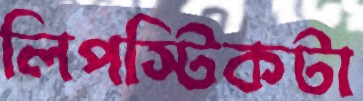
লিপস্টিকটা